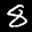
Label: 8